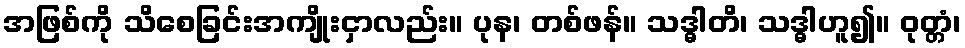
အဖြစ်ကို သိစေခြင်းအကျိုးငှာလည်း။ ပုန၊ တစ်ဖန်။ သဒ္ဓါတိ၊ သဒ္ဓါဟူ၍။ ဝုတ္တံ၊